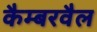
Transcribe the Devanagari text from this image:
कैम्बरवैल